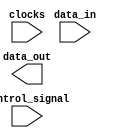
module Voltage_Level_Shifter (
    input wire data_in,
    input wire clocks,
    output wire data_out,
    input wire control_signal
);

wire shifted_data;

assign data_out = shifted_data;

and gate_1 (data_in, control_signal, shifted_data);
and gate_2 (data_in, ~control_signal, shifted_data);

endmodule